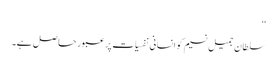
‘‘
سلطان جمیل نسیم کو انسانی نفسیات پر عبور حاصل ہے۔